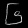
Digit: ၆